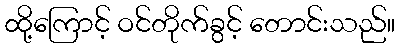
ထို့ကြောင့် ဝင်တိုက်ခွင့် တောင်းသည်။